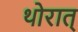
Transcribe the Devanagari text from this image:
थोरात्